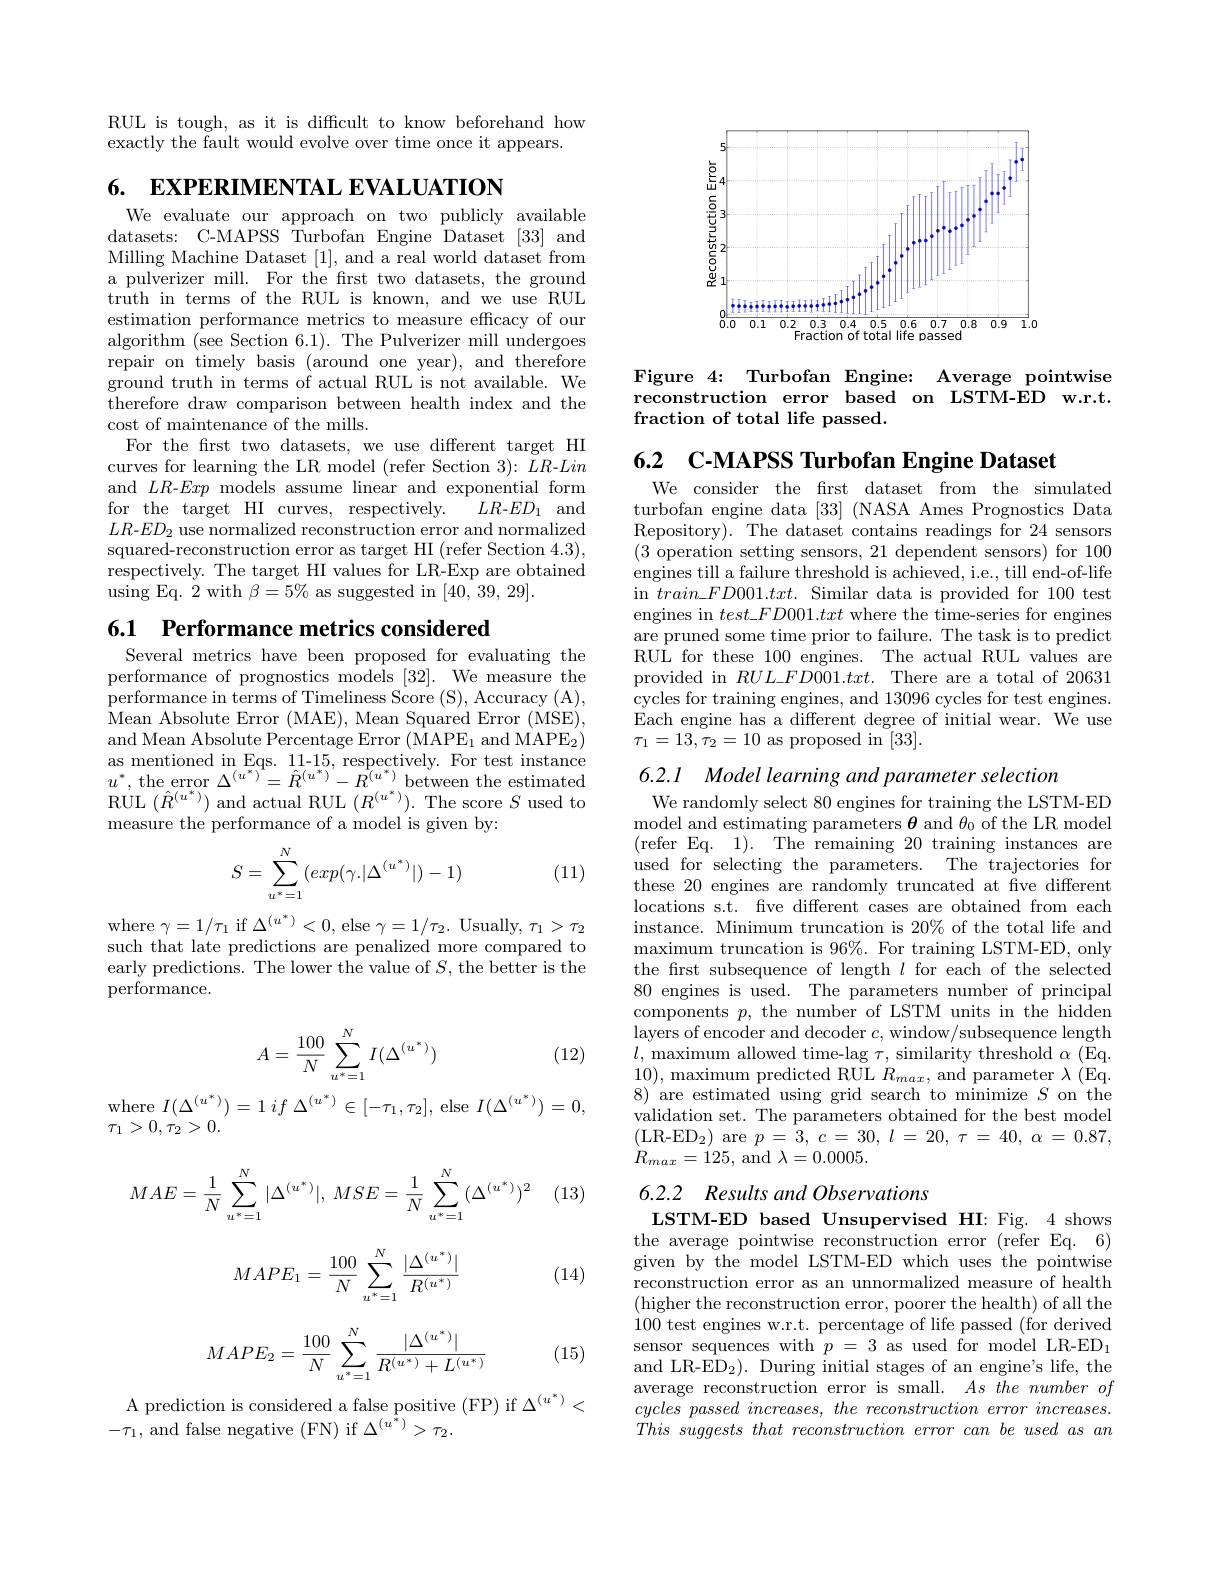
<FigureHere>

Figure 4: Turbofan Engine: Average pointwise reconstruction error based on LSTM-ED w.r.t. fraction of total life passed.

RUL is tough, as it is diffcult to know beforehand how
exactly the fault would evolve over time once it appears.

6. EXPERIMENTAL EVALUATION

We evaluate our approach on two publicly available datasets: C-MAPSS Turbofan Engine Dataset [33] and Milling Machine Dataset [1], and a real world dataset from a pulverizer mill. For the frst two datasets, the ground truth in terms of the RUL is known, and we use RUL estimation performance metrics to measure effcacy of our algorithm (see Section 6.1). The Pulverizer mill undergoes repair on timely basis (around one year), and therefore ground truth in terms of actual RUL is not available. We therefore draw comparison between health index and the cost of maintenance of the mills.
For the frst two datasets, we use different target HI curves for learning the LR model (refer Section 3): LR-Lin and $LR$-Exp models assume linear and exponential form
$LR$-$ED_1$ and
for the target HI curves, respectively.
$LR$-$ED_2$ use normalized reconstruction error and normalized squared-reconstruction error as target HI (refer Section 4.3), respectively. The target HI values for LR-Exp are obtained $\operatorname{using}$Eq.2with$\beta=5\%$as suggested$\operatorname{in}[40,39,29].$

6.1 Performance metrics considered

Several metrics have been proposed for evaluating the performance of prognostics models [32]. We measure the performance in terms of Timeliness Score (S), Accuracy (A), $\hat{\text{Mean Absolute Error (MAE), Mean Squared Error (MSE),}}$ and Mean Absolute Percentage Error (MAPE$_1$ and MAPE$_2)$ as mentioned in Eqs. 11-15, respectively. For test instance $u^{*}$, the error $\Delta^{(u^{*})^{T}}=\hat{R}^{(u^{*})^{'}}-R^{(u^{*})}$ between the estimated RUL $(\hat{R}^{(u^{*})})$ and actual RUL $(R^{(u^{*})}).$ The score $S$ used to measure the performance of a model is given by:

(11)
$$S=\sum_{u^*=1}^N(exp(\gamma.|\Delta^{(u^*)}|)-1)$$
where $\gamma=1/\tau_{1}$ if $\Delta^{(u^{*})}<0$, else $\gamma=1/\tau_{2}.$ Usually$,\tau_1>\tau_{2}$ such that late predictions are penalized more compared to early predictions. The lower the value of $S$, the better is the performance.
$$A=\dfrac{100}{N}\sum_{u^*=1}^NI(\Delta^{(u^*)})$$
(12)

$\begin{array}{l}\mathrm{where~}I(\Delta^{(u^*)})=1\:if\:\Delta^{(u^*)}\in[-\tau_1,\tau_2],\:\mathrm{else~}I(\Delta^{(u^*)})=0,\\\tau_1>0,\tau_2>0.\end{array}$

(13)
$$MAE=\dfrac{1}{N}\sum_{u^*=1}^N|\Delta^{(u^*)}|,\:MSE=\dfrac{1}{N}\sum_{u^*=1}^N(\Delta^{(u^*)})^2$$
(14)
$$MAPE_1=\frac{100}{N}\sum_{u^*=1}^{N}\frac{|\Delta^{(u^*)}|}{R^{(u^*)}}$$
$$MAPE_2=\dfrac{100}{N}\sum_{u^*=1}^N\dfrac{|\Delta^{(u^*)}|}{R^{(u^*)}+L^{(u^*)}}$$
(15)

A prediction is considered a false positive (FP) if $\Delta^{(u^*)}<$
$-\tau_{1}$, and false negative (FN) if $\Delta^{(u^{\bar{*}})}>\tau_{2}.$

6.2 C-MAPSS Turbofan Engine Dataset
We consider the frst dataset from the simulated turbofan engine data [33] (NASA Ames Prognostics Data Repository). The dataset contains readings for 24 sensors (3 operation setting sensors, 21 dependent sensors) for 100 engines till a failure threshold is achieved, i.e., till end-of-life in $train\_FD001.txt.$ Similar data is provided for 100 test engines in $test\_FD001.txt$ where the time-series for engines are pruned some time prior to failure. The task is to predict RUL for these 100 engines. The actual RUL values are provided in $RUL\_FD001.txt.$ There are a total of 20631 cycles for training engines, and 13096 cycles for test engines. Each engine has a different degree of initial wear. We use $\tau_{1}=13,\bar{\tau_{2}}=10$ as proposed in[33].

6.2.1 Model learning and parameter selection
We randomly select 80 engines for training the LSTM-ED model and estimating parameters $\theta$ and $\theta_0$ of the LR model (refer Eq. 1). The remaining 20 training instances are used for selecting the parameters. The trajectories for these 20 engines are randomly truncated at five different locations s.t. five different cases are obtained from each instance. Minimum truncation is 20% of the total life and maximum truncation is $96\%.$ For training LSTM-ED, only the frst subsequence of length $l$ for each of the selected 80 engines is used. The parameters number of principal components $p$, the number of LSTM units in the hidden $\hat{\text{layers of encoder and decoder }c}$,window/subsequence length $l$, maximum allowed time-lag $\tau$, similarity threshold $\alpha$ ( Eq. 10), maximum predicted RUL $R_max$, and parameter $\lambda$ (Eq. 8) are estimated using grid search to minimize $S$ on the validation set. The parameters obtained for the best model (LR-ED$_2)$are$p=3,c=30,l=20,\tau=40,\alpha=0.87$, $R_{max}=125$, and $\lambda=0.0005.$

# 6.2.2 Results and Observations LSTM-ED based Unsupervised HI: Fig. 4 shows

the average pointwise reconstruction error (refer Eq. 6) given by the model LSTM-ED which uses the pointwise reconstruction error as an unnormalized measure of health (higher the reconstruction error, poorer the health) of all the 100 test engines w.r.t. percentage of life passed (for derived sensor sequences with $p=3$ as used for model LR-ED$_1$ and LR-ED$_2).$ During initial stages of an engine's life, the average reconstruction error is small. $As\textit{the number of}$ cycles passed increases, the reconstruction error increases. $This\textit{ suggests that reconstruction error can be used as an}$